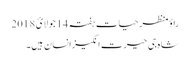
راؤ منظر حیات ہفتہ 14 جولائ 2018
شاہ جی حیرت انگیزانسان ہیں۔